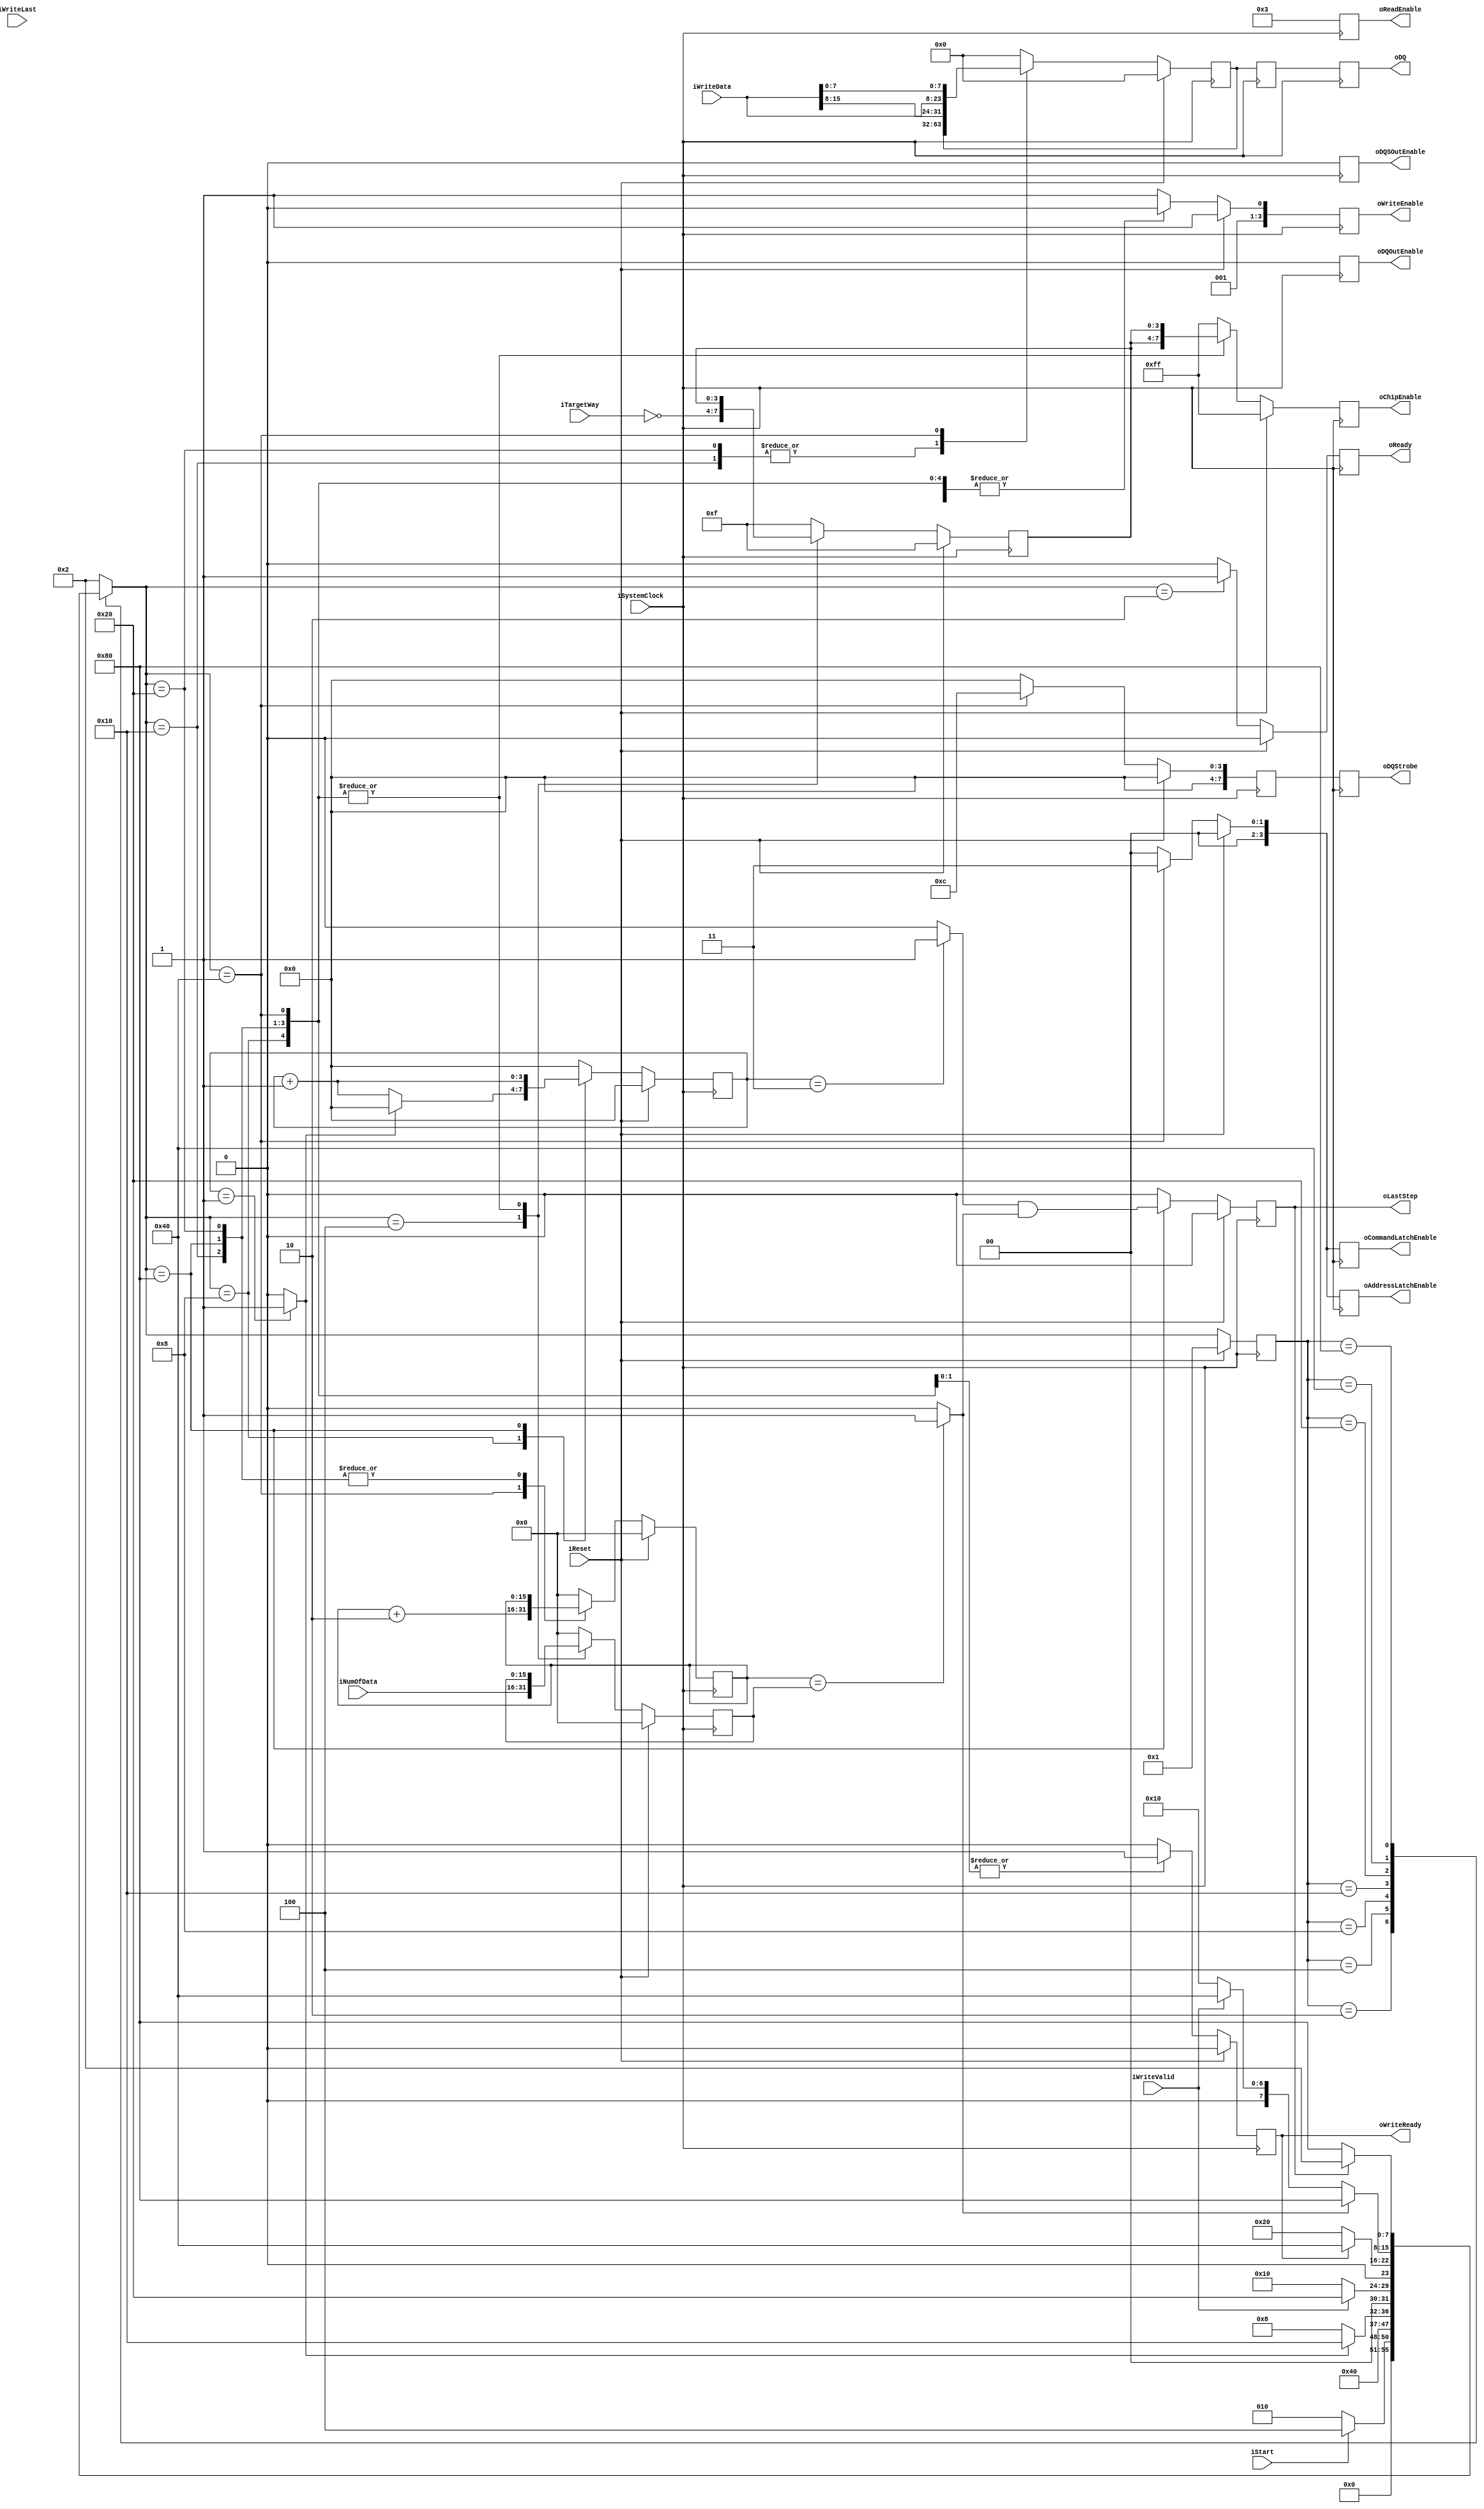
// This program was cloned from: https://github.com/cjhonlyone/NandFlashController
// License: GNU General Public License v3.0

`timescale 1ns / 1ps
module NFC_Atom_Dataoutput_Sync
#
(
    parameter NumberOfWays    =   4
)
(
    iSystemClock            ,
    iReset                  ,
    oReady                  ,
    oLastStep               ,
    iStart                  ,
    iTargetWay              ,
    iNumOfData              ,

    iWriteData              ,
    iWriteLast              ,
    iWriteValid             ,
    oWriteReady             ,

    oDQSOutEnable           ,
    oDQOutEnable            ,
    oDQStrobe               ,
    oDQ                     ,
    oChipEnable             ,
    oReadEnable             ,
    oWriteEnable            ,
    oAddressLatchEnable     ,
    oCommandLatchEnable  
);

    input                           iSystemClock            ;
    input                           iReset                  ;
    output                          oReady                  ;
    output                          oLastStep               ;
    input                           iStart                  ;
    input   [NumberOfWays - 1:0]    iTargetWay              ;
    input   [15:0]                  iNumOfData              ;

    input   [15:0]                  iWriteData              ;
    input                           iWriteLast              ;
    input                           iWriteValid             ;
    output                          oWriteReady             ;

    output                          oDQSOutEnable           ;
    output                          oDQOutEnable            ;

    output  [7:0]                   oDQStrobe               ;
    output  [31:0]                  oDQ                     ;
    output  [2*NumberOfWays - 1:0]  oChipEnable             ;
    output  [3:0]                   oReadEnable             ;
    output  [3:0]                   oWriteEnable            ;
    output  [3:0]                   oAddressLatchEnable     ;
    output  [3:0]                   oCommandLatchEnable     ;

    reg                           rReady                  ;
    reg                           rLastStep               ;

    reg   [NumberOfWays - 1:0]    rTargetWay              ;
    reg   [15:0]                  rNumOfData              ;

    reg                           rWriteReady             ;
    reg   [15:0]                  rWriteData              ;

    reg                           rDQSOutEnable           ;
    reg                           rDQOutEnable            ;
 
    reg  [7:0]                    rDQStrobe               ;
    reg  [31:0]                   rDQ                     ;
    reg  [2*NumberOfWays - 1:0]   rChipEnable             ;
    reg  [3:0]                    rReadEnable             ;
    reg  [3:0]                    rWriteEnable            ;
    reg  [3:0]                    rAddressLatchEnable     ;
    reg  [3:0]                    rCommandLatchEnable     ;

    reg  [15:0]                   rDOS_DataCounter        ;
    reg  [3:0]                    rDOS_TimeCounter        ;

 


    wire                          wtWPSTDone = (rDOS_TimeCounter == 4'd3) ? 1 : 0 ; // this is for tCAD
    wire                          wTimerDone = (rDOS_TimeCounter == 4'd1) ? 1 : 0 ;
    wire                          wTimerHalf = (rDOS_TimeCounter <= 4'd4) ? 1 : 0 ;
    wire                          wDOSDone   = (rDOS_DataCounter == rNumOfData) ? 1 : 0 ;

    wire  [31:0]                  wUperData  = {16'h00, iWriteData[15:8], iWriteData[15:8]};
    wire  [31:0]                  wDownData  = {16'h00, iWriteData[ 7:0], iWriteData[ 7:0]};

    localparam Write_Valid = 4'b0010;
    localparam Write_Idle  = 4'b0011;

    localparam Out_Enable  = 0;
    localparam Out_Disable = 1;
    
    // FSM Parameters/Wires/Regs
    localparam DOS_FSM_BIT = 8;
    localparam DOS_RESET = 8'b0000_0001;
    localparam DOS_READY = 8'b0000_0010; // Ready
    localparam DOS_LATCH = 8'b0000_0100; // Command/Address capture: first
    localparam DOS_tDQSS = 8'b0000_1000; // tDQSHZ
    localparam DOS_OST00 = 8'b0001_0000; // output data
    localparam DOS_OST01 = 8'b0010_0000; // output data
    localparam DOS_OST02 = 8'b0100_0000; // output data
    localparam DOS_OST03 = 8'b1000_0000; // output data

    reg     [DOS_FSM_BIT-1:0]       rDOS_cur_state          ;
    reg     [DOS_FSM_BIT-1:0]       rDOS_nxt_state          ;

    // reg [127:0] dbg_ascii_state;

    // always @* begin
    //     dbg_ascii_state = "";
    //     if (rDOS_cur_state == DOS_RESET) dbg_ascii_state = "RESET";
    //     if (rDOS_cur_state == DOS_READY) dbg_ascii_state = "READY";
    //     if (rDOS_cur_state == DOS_LATCH) dbg_ascii_state = "LATCH";
    //     if (rDOS_cur_state == DOS_tDQSS) dbg_ascii_state = "tDQSS";
    //     if (rDOS_cur_state == DOS_OST00) dbg_ascii_state = "OST00";
    //     if (rDOS_cur_state == DOS_OST01) dbg_ascii_state = "OST01";
    //     if (rDOS_cur_state == DOS_OST02) dbg_ascii_state = "OST02";
    //     if (rDOS_cur_state == DOS_OST03) dbg_ascii_state = "OST03";
    // end
    // FSM: Atom_Command_Sync
    
    // update current state to next state
    always @ (posedge iSystemClock) begin
        if (iReset) begin
            rDOS_cur_state <= DOS_RESET;
        end else begin
            rDOS_cur_state <= rDOS_nxt_state;
        end
    end
    
    // deside next state
    always @ ( * ) begin
        case (rDOS_cur_state)
            DOS_RESET: begin
                rDOS_nxt_state <= DOS_READY;
            end
            DOS_READY: begin
                rDOS_nxt_state <= (iStart)? DOS_LATCH:DOS_READY;
            end
            DOS_LATCH: begin
                rDOS_nxt_state <= DOS_tDQSS;
            end
            DOS_tDQSS: begin
                rDOS_nxt_state <= (wTimerDone)? DOS_OST00 : DOS_tDQSS; // 50ns
            end
            DOS_OST00: begin
                rDOS_nxt_state <= (iWriteValid) ? DOS_OST01 : DOS_OST00; // wait for Valid
            end
            DOS_OST01: begin
                rDOS_nxt_state <= (rWriteReady) ? DOS_OST02 : DOS_OST01; //latch Data
            end
            DOS_OST02: begin
                rDOS_nxt_state <= (wDOSDone) ? DOS_OST03 : ((iWriteValid) ? DOS_OST02 : DOS_OST00);// output
            end
            DOS_OST03: begin
                rDOS_nxt_state <= (rLastStep) ? DOS_READY : DOS_OST03;// finished
            end
            default:
                rDOS_nxt_state <= DOS_READY;
        endcase
    end

    // state behaviour
    always @ (posedge iSystemClock) begin
        if (iReset) begin
            rReady              <= 1'b0;
            rLastStep           <= 1'b0;

            rTargetWay          <= { NumberOfWays{1'b1} };
            rNumOfData          <= 16'h0;
            rWriteReady         <= 1'b0;
            rWriteData          <= 16'd0;
            
            rDQSOutEnable       <= Out_Enable;    
            rDQOutEnable        <= Out_Enable;

            rDQStrobe           <= 8'h0;
            rDQ                 <= 32'h0000;
            rChipEnable         <= { 2*NumberOfWays{1'b1} };
            rReadEnable         <= 4'b0011;
            rWriteEnable        <= Write_Idle;
            rAddressLatchEnable <= 4'h0;
            rCommandLatchEnable <= 4'h0; 

            rDOS_DataCounter    <= 4'd0;
            rDOS_TimeCounter    <= 4'd0;
        end else begin
            case (rDOS_nxt_state)
                DOS_RESET: begin
                    rReady              <= 1'b0;
                    rLastStep           <= 1'b0;

                    rTargetWay          <= { NumberOfWays{1'b1} };
                    rNumOfData          <= 16'h0;
                    rWriteReady         <= 1'b0;
                    rWriteData          <= 16'd0;
                    
                    rDQSOutEnable       <= Out_Enable;    
                    rDQOutEnable        <= Out_Enable;

                    rDQStrobe           <= 8'h0;
                    rDQ                 <= 32'h0000;
                    rChipEnable         <= { 2*NumberOfWays{1'b1} };
                    rReadEnable         <= 4'b0011;
                    rWriteEnable        <= Write_Idle;
                    rAddressLatchEnable <= 4'h0;
                    rCommandLatchEnable <= 4'h0; 

                    rDOS_DataCounter    <= 4'd0;
                    rDOS_TimeCounter    <= 4'd0;
                end
                DOS_READY: begin
                    rReady              <= 1'b1;
                    rLastStep           <= 1'b0;

                    rTargetWay          <= { NumberOfWays{1'b1} };
                    rNumOfData          <= 16'h0;
                    rWriteReady         <= 1'b0;
                    rWriteData          <= 16'd0;
                    
                    rDQSOutEnable       <= Out_Enable;    
                    rDQOutEnable        <= Out_Enable;

                    rDQStrobe           <= 8'h0;
                    rDQ                 <= 32'h0000;
                    rChipEnable         <= { 2*NumberOfWays{1'b1} };
                    rReadEnable         <= 4'b0011;
                    rWriteEnable        <= Write_Valid;
                    rAddressLatchEnable <= 4'h0;
                    rCommandLatchEnable <= 4'h0; 

                    rDOS_DataCounter    <= 4'd0;
                    rDOS_TimeCounter    <= 4'd0;
                end
                DOS_LATCH: begin
                    rReady              <= 1'b0;
                    rLastStep           <= 1'b0;

                    rTargetWay          <= ~iTargetWay;
                    rNumOfData          <= iNumOfData;
                    rWriteReady         <= 1'b0;
                    rWriteData          <= 16'd0;
                    
                    rDQSOutEnable       <= Out_Enable;    
                    rDQOutEnable        <= Out_Enable;

                    rDQStrobe           <= 8'h0;
                    rDQ                 <= 32'h0000;
                    rChipEnable         <= { 2*NumberOfWays{1'b1} };
                    rReadEnable         <= 4'b0011;
                    rWriteEnable        <= Write_Valid;
                    rAddressLatchEnable <= 4'b0000;
                    rCommandLatchEnable <= 4'b0000;

                    rDOS_DataCounter    <= 4'd0;
                    rDOS_TimeCounter    <= 4'd0;
                end
                DOS_tDQSS: begin
                    rReady              <= 1'b0;
                    rLastStep           <= 1'b0;

                    rTargetWay          <= rTargetWay;
                    rNumOfData          <= rNumOfData;
                    rWriteReady         <= 1'b0;
                    rWriteData          <= 16'd0;
                    
                    rDQSOutEnable       <= Out_Enable;    
                    rDQOutEnable        <= Out_Enable;

                    rDQStrobe           <= 8'h0;
                    rDQ                 <= 32'h0000;
                    rChipEnable         <= {rTargetWay ,rTargetWay};
                    rReadEnable         <= 4'b0011;
                    rWriteEnable        <= Write_Valid;
                    rAddressLatchEnable <= 4'b0000;
                    rCommandLatchEnable <= 4'b0000;

                    rDOS_DataCounter    <= 4'd0;
                    rDOS_TimeCounter    <= (wTimerDone) ? 0 : rDOS_TimeCounter + 1;
                end
                DOS_OST00: begin
                    rReady              <= 1'b0;
                    rLastStep           <= 1'b0;

                    rTargetWay          <= rTargetWay;
                    rNumOfData          <= rNumOfData;
                    rWriteReady         <= 1'b0;
                    rWriteData          <= 16'd0;
                    
                    rDQSOutEnable       <= Out_Enable;    
                    rDQOutEnable        <= Out_Enable;

                    rDQStrobe           <= 8'h0;
                    rDQ                 <= rDQ;
                    rChipEnable         <= {rTargetWay ,rTargetWay};
                    rReadEnable         <= 4'b0011;
                    rWriteEnable        <= Write_Valid;
                    rAddressLatchEnable <= 4'b0000;
                    rCommandLatchEnable <= 4'b0000;

                    rDOS_DataCounter    <= rDOS_DataCounter;
                    rDOS_TimeCounter    <= 4'd0;
                end
                DOS_OST01: begin
                    rReady              <= 1'b0;
                    rLastStep           <= 1'b0;

                    rTargetWay          <= rTargetWay;
                    rNumOfData          <= rNumOfData;
                    rWriteReady         <= 1'b1;
                    rWriteData          <= 16'd0;
                    
                    rDQSOutEnable       <= Out_Enable;    
                    rDQOutEnable        <= Out_Enable;

                    rDQStrobe           <= 8'h0;
                    rDQ                 <= rDQ;
                    rChipEnable         <= {rTargetWay ,rTargetWay};
                    rReadEnable         <= 4'b0011;
                    rWriteEnable        <= Write_Valid;
                    rAddressLatchEnable <= 4'b0000;
                    rCommandLatchEnable <= 4'b0000;

                    rDOS_DataCounter    <= rDOS_DataCounter;
                    rDOS_TimeCounter    <= 4'd0;
                end
                DOS_OST02: begin
                    rReady              <= 1'b0;
                    rLastStep           <= 1'b0;

                    rTargetWay          <= rTargetWay;
                    rNumOfData          <= rNumOfData;
                    rWriteReady         <= 1'b1;
                    rWriteData          <= (rWriteReady) ? iWriteData : rWriteData;
                    
                    rDQSOutEnable       <= Out_Enable;    
                    rDQOutEnable        <= Out_Enable;

                    rDQStrobe           <= 8'b0000_1100;
                    rDQ                 <= {{2{iWriteData[15:8]}}, {2{iWriteData[7:0]}}};
                    rChipEnable         <= {rTargetWay ,rTargetWay};
                    rReadEnable         <= 4'b0011;
                    rWriteEnable        <= Write_Valid;
                    rAddressLatchEnable <= 4'b0011;
                    rCommandLatchEnable <= 4'b0011;

                    rDOS_DataCounter    <= rDOS_DataCounter + 2;
                    rDOS_TimeCounter    <= 0; //(wTimerDone) ? 0 : rDOS_TimeCounter + 1;
                end
                DOS_OST03: begin
                    rReady              <= 1'b0;
                    rLastStep           <= wtWPSTDone & wDOSDone;

                    rTargetWay          <= rTargetWay;
                    rNumOfData          <= rNumOfData;
                    rWriteReady         <= 1'b0;
                    rWriteData          <= rWriteData;
                    
                    rDQSOutEnable       <= Out_Enable;    
                    rDQOutEnable        <= Out_Enable;

                    rDQStrobe           <= 8'h0;
                    rDQ                 <= 32'h0000;
                    rChipEnable         <= {rTargetWay ,rTargetWay};
                    rReadEnable         <= 4'b0011;
                    rWriteEnable        <= Write_Valid;
                    rAddressLatchEnable <= 4'b0000;
                    rCommandLatchEnable <= 4'b0000;

                    rDOS_DataCounter    <= rDOS_DataCounter;
                    rDOS_TimeCounter    <= rDOS_TimeCounter + 1;
                end
                default: begin
                    rReady              <= 1'b0;
                    rLastStep           <= 1'b0;

                    rTargetWay          <= { NumberOfWays{1'b1} };
                    rNumOfData          <= 16'h0;
                    rWriteReady         <= 1'b0;
                    rWriteData          <= 32'd0;
                    
                    rDQSOutEnable       <= Out_Enable;    
                    rDQOutEnable        <= Out_Enable;

                    rDQStrobe           <= 8'h0;
                    rDQ                 <= 32'h0000;
                    rChipEnable         <= { 2*NumberOfWays{1'b1} };
                    rReadEnable         <= 4'b0011;
                    rWriteEnable        <= Write_Idle;
                    rAddressLatchEnable <= 4'h0;
                    rCommandLatchEnable <= 4'h0; 

                    rDOS_DataCounter    <= 4'd0;
                    rDOS_TimeCounter    <= 4'd0;
                end
            endcase
        end
    end

    reg  [7:0]                    rDQStrobe_m1            ;
    reg  [7:0]                    rDQStrobe_m2            ;
    reg  [7:0]                    rDQStrobe_m3            ;

    reg  [63:0]                   rDQ_m1                  ;
    reg  [63:0]                   rDQ_m2                  ;
    reg  [63:0]                   rDQ_m3                  ;

	always @(posedge iSystemClock) begin
		// if (iReset) begin
		// 	// reset
		// 	rDQStrobe_m1 <= 8'h00;
		// 	rDQStrobe_m2 <= 8'h00;
		// 	rDQ_m1 <= 64'd0;
		// 	rDQ_m2 <= 64'd0;
		// end
		// else begin
			rDQStrobe_m1 <= rDQStrobe;
			rDQStrobe_m2 <= rDQStrobe_m1;
            rDQStrobe_m3 <= rDQStrobe_m2;
			rDQ_m1 <= {32'd0, rDQ};
			rDQ_m2 <= rDQ_m1;
            rDQ_m3 <= rDQ_m2;
		// end
	end

    assign oReady              = rReady                  ;
    assign oLastStep           = rLastStep               ;

    assign oWriteReady         = rWriteReady             ;

    assign oDQSOutEnable       = rDQSOutEnable           ;   
    assign oDQOutEnable        = rDQOutEnable            ;   
    assign oDQStrobe           = rDQStrobe_m1            ;   
    assign oDQ                 = rDQ_m2[31:0]                  ;   
    assign oChipEnable         = rChipEnable             ;   
    assign oReadEnable         = rReadEnable             ;   
    assign oWriteEnable        = rWriteEnable            ;   
    assign oAddressLatchEnable = rAddressLatchEnable     ;   
    assign oCommandLatchEnable = rCommandLatchEnable     ;   
endmodule